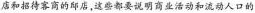
店和招待客商的邱店，这些都要说明商业活动和流动人口的